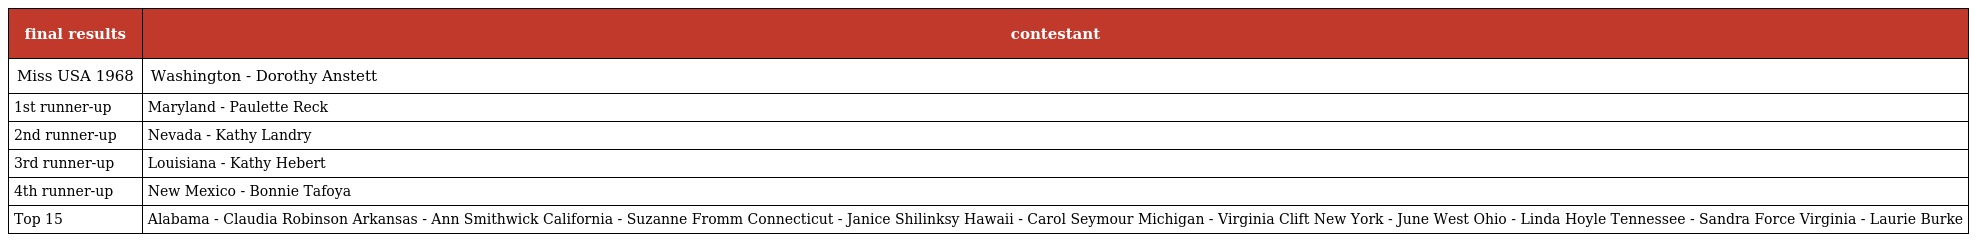
| final results | contestant |
 | --- | --- |
 | Miss USA 1968 | Washington - Dorothy Anstett |
 | 1st runner-up | Maryland - Paulette Reck |
 | 2nd runner-up | Nevada - Kathy Landry |
 | 3rd runner-up | Louisiana - Kathy Hebert |
 | 4th runner-up | New Mexico - Bonnie Tafoya |
 | Top 15 | Alabama - Claudia Robinson Arkansas - Ann Smithwick California - Suzanne Fromm Connecticut - Janice Shilinksy Hawaii - Carol Seymour Michigan - Virginia Clift New York - June West Ohio - Linda Hoyle Tennessee - Sandra Force Virginia - Laurie Burke |